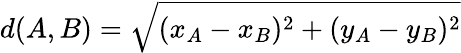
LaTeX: d(A,B)=\sqrt{(x_{A}-x_{B})^{2}+(y_{A}-y_{B})^{2}}